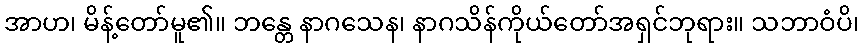
အာဟ၊ မိန့်တော်မူ၏။ ဘန္တေ နာဂသေန၊ နာဂသိန်ကိုယ်တော်အရှင်ဘုရား။ သဘာဝံပိ၊